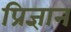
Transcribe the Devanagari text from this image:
प्रिज्ञान